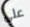
علي